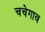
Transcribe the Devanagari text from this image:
चचेगाव